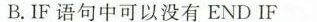
B.IF语句中可以没有END IF